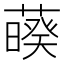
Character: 𦿡